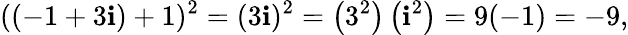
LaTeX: ((-1+3\mathbf{i})+1)^{2}=(3\mathbf{i})^{2}=\left(3^{2}\right)\left(\mathbf{i}^{2}\right)=9(-1)=-9,